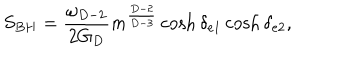
LaTeX: S _ { B H } = { \frac { \omega _ { D - 2 } } { 2 G _ { D } } } m ^ { \frac { D - 2 } { D - 3 } } \cosh \delta _ { e 1 } \cosh \delta _ { e 2 } ,